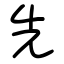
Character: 先